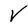
Character: V